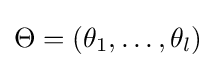
\Theta =(\theta _{1},\dots ,\theta _{l})